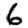
Digit: 6